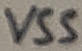
Text: VSS